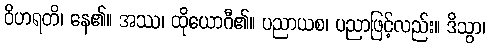
ဝိဟရတိ၊ နေ၏။ အဿ၊ ထိုယောဂီ၏။ ပညာယစ၊ ပညာဖြင့်လည်း။ ဒိသွာ၊